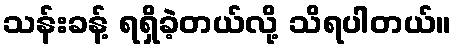
သန်းခန့် ရရှိခဲ့တယ်လို့ သိရပါတယ်။